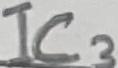
Text: IC3